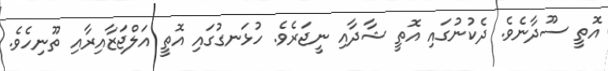
އޮތީ ސޫދާނެވެ. ދެކުނުގައި އޮތީ ޝާދާއި ނީޖަރެވެ. ހުޅަނގުގައި އޮތީ އަލްޖަޒާއިރާއި ތޫނިހެވެ.